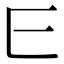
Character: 𬼖